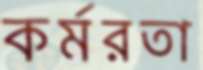
কর্মরতা